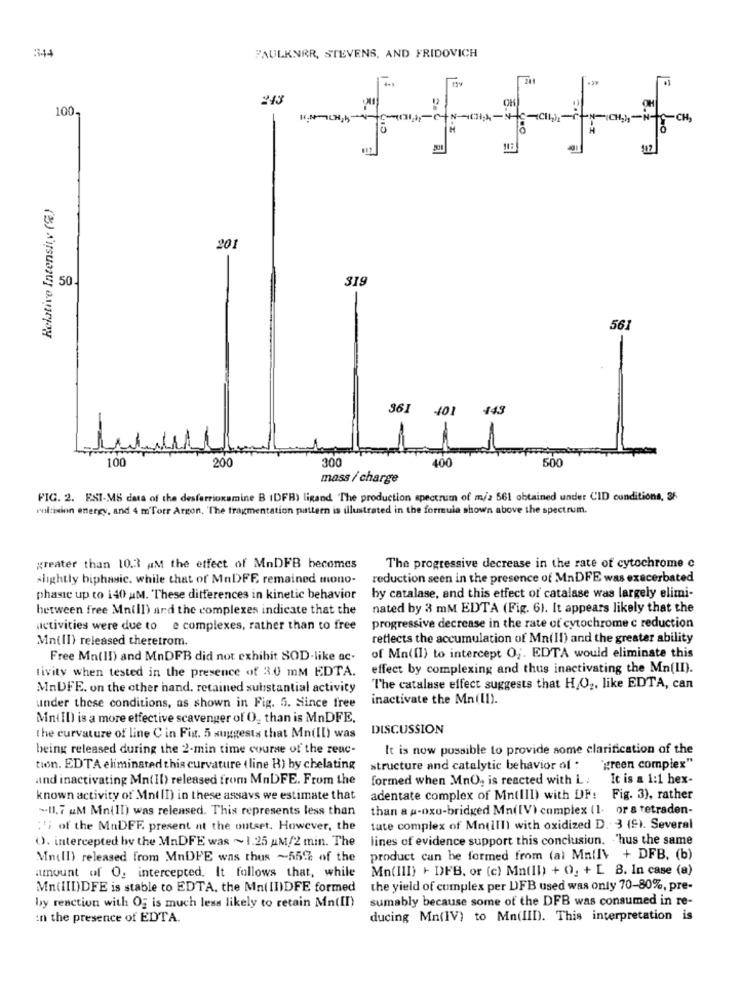
344
FAULKNER, STEVENS, AND FRIDOVICH
243
100.
OH
-i-
Relative Intensity (%)
201
50
319
561
-
361 401 443
100
200
30
400
500
mass / charge
FIG. 2. ESI-MS data of the desferrioxamine B (DFB) ligand The production spectrum of m/2 561 obtained under CID conditions, 3F
multision energy, and 4 m'Torr Argon, The fragmentation pattern is illustrated in the formula shown above the spectrum.
greater than 10.3 AM the effect of MnDFB becomes
The progressive decrease in the rate of cytochrome c
slightly biphasic. while that of MnDFE remained mono-
reduction seen in the presence of MnDFE was exacerbated
phasic up to 140 aM. These differences in kinetic behavior
by catalase, and this effect of catalase was largely elimi-
between free Mn(II) and the complexes indicate that the
nated by 3 mM EDTA (Fig. 6). It appears likely that the
activities were due to e complexes, rather than to free
progressive decrease in the rate of cytochrome c reduction
Mn(ll) released theretrom.
reflects the accumulation of Ma(ll) and the greater ability
Free Mn(II) and MnDFB did not exhibit SOD-like ac.
of Mn(Il) to intercept 0 ;. EDTA would eliminate this
tivity when tested in the presence of 3.0 mM EDTA.
effect by complexing and thus inactivating the Mn(II).
MnDFE. on the other hand, retained substantial activity
The catalase effect suggests that H,O2, like EDTA, can
under these conditions, as shown in Fig. 5. Since free
inactivate the Mn(II).
Mn(ID) is a more effective scavenger of O2 than is MnDFE.
DISCUSSION
the curvature of line C in Fig. 5 suggests that Mn(Il) was
being released during the 2-min time course of the reac-
It is now possible to provide some clarification of the
tion. EDTA eliminated this curvature (line H) by chelating
structure and catalytic behavior of :
"green complex"
and inactivating Mn(II) released from MnDFE. From the
formed when MnO, is reacted with L :
It is a 1:1 hex-
known activity of Mn( II) in these assavs we estimate that
adentate complex of Mn(III) with DF:
Fig. 3), rather
.11.7 &M Mn(II) was released. This represents less than
than a p-oxu-bridged Mn([V) complex (1- or a tetraden-
:'i of the MnDFF. present at the outset. However, the
tate complex of Mn(III) with oxidized D. 3 (9). Several
O. intercepted by the MnDFE was ~1.25 AM/2 min. The
lines of evidence support this conclusion. - 'hus the same
Mn(ll) released from MnDFE was thus ~55% of the
product can be formed from (a) Mall\ + DFB. (b)
amount of O, intercepted. It follows that, while
Mn(III) + DFB, or (c) Mn(II) + O, + L 8. In case (a)
Mn(III)DFE is stable to EDTA. the Mn(II)DFE formed
the yield of cumplex per DFB used was only 70-80%, pre-
sumably because some of the DFB was consumed in re-
by reaction with Og is much less likely to retain Mn(II)
in the presence of EDTA.
ducing Mn(IV) to Mn(III). This interpretation is